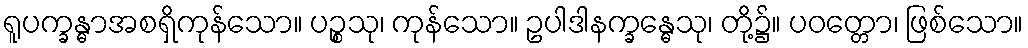
ရူပက္ခန္ဓာအစရှိကုန်သော။ ပဉ္စသု၊ ကုန်သော။ ဥပါဒါနက္ခန္ဓေသု၊ တို့၌။ ပဝတ္တော၊ ဖြစ်သော။